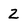
Character: 2